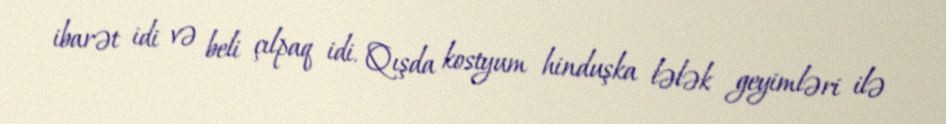
ibarət idi və beli çılpaq idi. Qışda kostyum hinduşka lələk geyimləri ilə